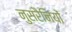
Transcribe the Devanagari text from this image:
नुसरैनियों